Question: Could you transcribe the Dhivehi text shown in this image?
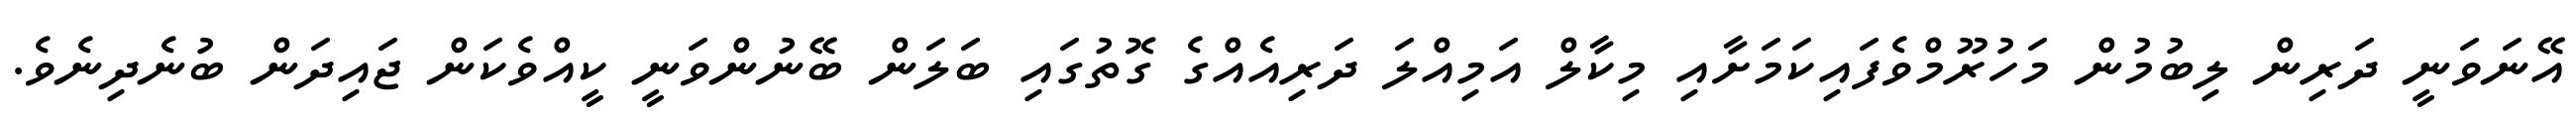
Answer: އޭނަވަނީ ދަރިން ލިބުމުން މަހުރޫމްވެފައިކަމަށާއި މިކާލް އަމިއްލަ ދަރިއެއްގެ ގޮތުގައި ބަލަން ބޭނުންވަނީ ކީއްވެކަން ޖައިދަން ބުނެދިނެވެ.